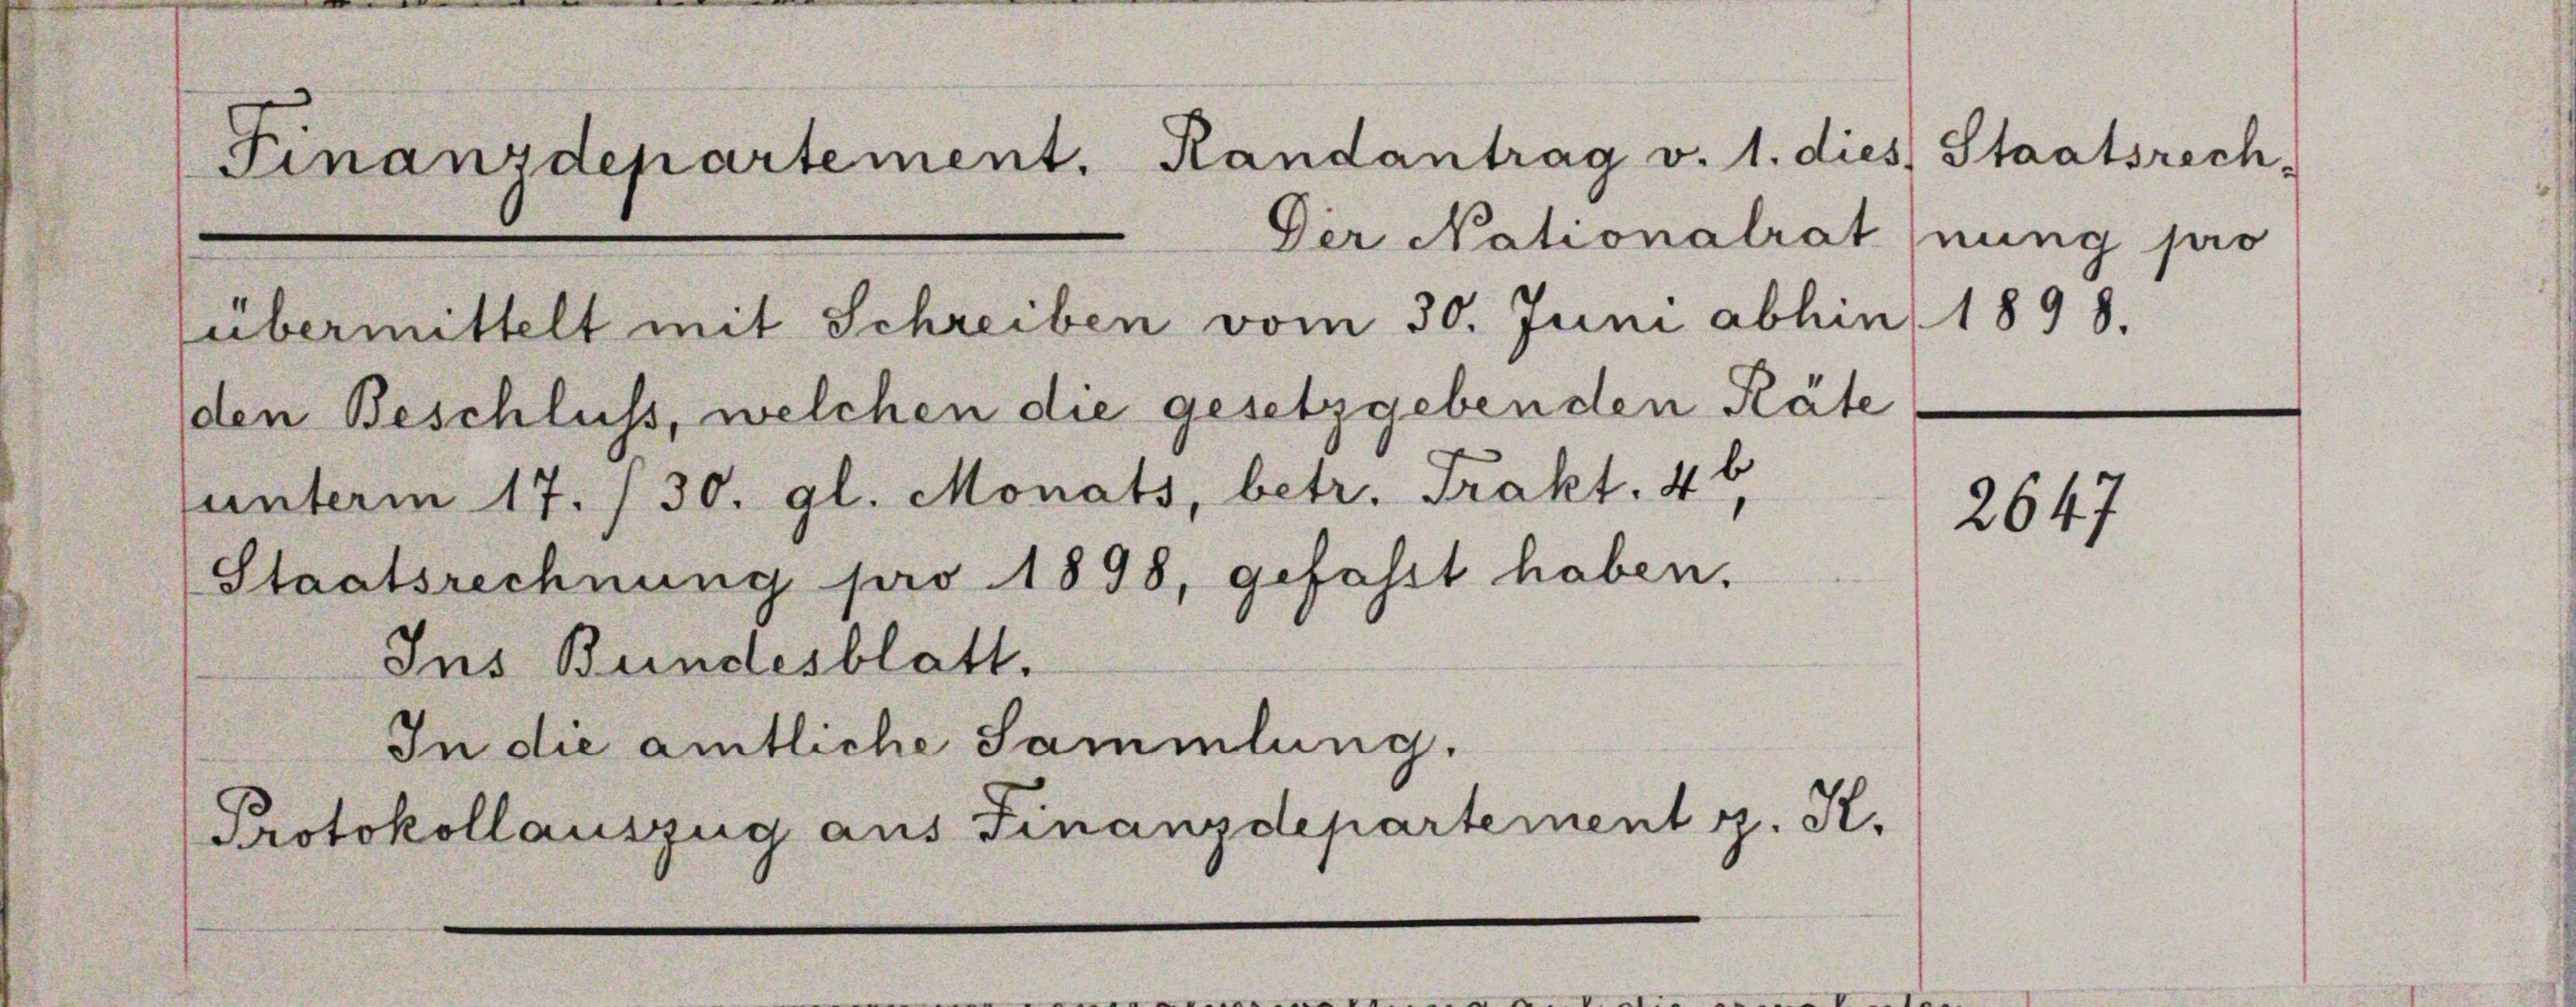
Finanzdepartement. Randantrag v. 1. dies Staa
Der Nationalrat (nung pro
übermittelt mit Schreiben vom 30. Juni abhin 1898.
den Beschluss, welchen die gesetzgebenden Räte
unterm 17./30. gl. Monats, betr. Trakt. 46
2647
Staatsrechnung pro 1898, gefasst haben,
Ins Bundesblatt.

In die amtliche Sammlung.

Protokollauszug aus Finanzdepartement z. K.

srech